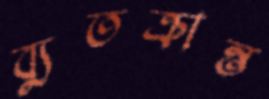
ব্যুতক্রান্ত